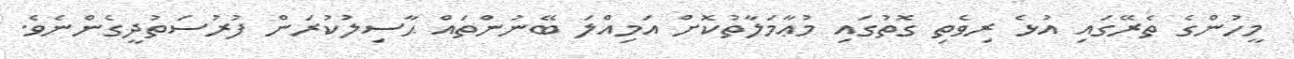
މީހުންގެ ތެރޭގައި އުޅެ ރިވެތި ގޮތުގައި މުޢާމަލާތުކޮށް އަމިއްލަ ބޭނުންތައް ޙާސިލުކުރަން ފުރުސަތުދީގެންނެވެ.